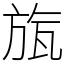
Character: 旊